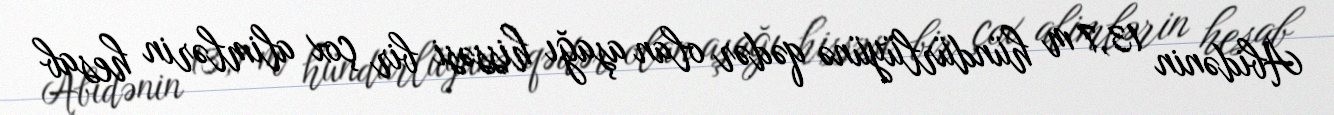
Abidənin 13,7 m hündürlüyünə qədər olan aşağı hissəsi bir çox alimlərin hesab